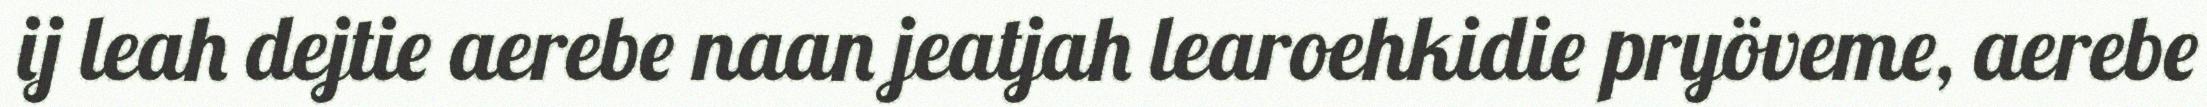
ij leah dejtie aerebe naan jeatjah learoehkidie pryöveme, aerebe